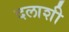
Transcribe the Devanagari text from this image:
दलाशी